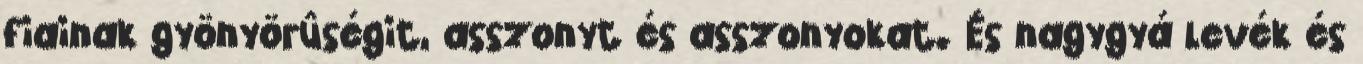
fiainak gyönyörûségit, asszonyt és asszonyokat. És nagygyá levék és